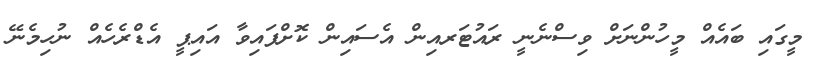
މީގައި ބައެއް މީހުންނަށް ވިސްނެނީ ރައުޓަރއިން އެސައިން ކޮށްފައިވާ އައިޕީ އެޑްރެހެއް ނުހިމެނޭ